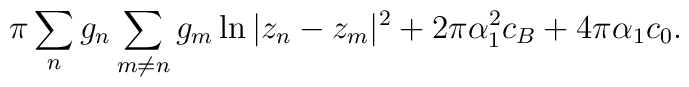
\pi \sum_ng_n\sum_{m\neq n} g_m\ln|z_n-z_m|^2 + 2\pi\alpha_1^2 c_B + 4\pi\alpha_1 c_0.